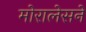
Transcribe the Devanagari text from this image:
मोरालेसने